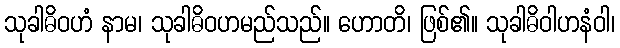
သုခါဓိဝဟံ နာမ၊ သုခါဓိဝဟမည်သည်။ ဟောတိ၊ ဖြစ်၏။ သုခါဓိဝါဟနံဝါ၊